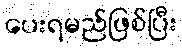
ပေးရမည်ဖြစ်ပြီး